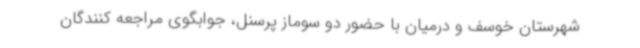
شهرستان خوسف و درمیان با حضور دو سوماز پرسنل، جوابگوی مراجعه کنندگان